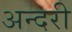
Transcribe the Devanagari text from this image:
अन्दरी